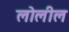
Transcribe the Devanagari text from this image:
लोलील